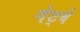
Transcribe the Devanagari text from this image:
गेट्वे